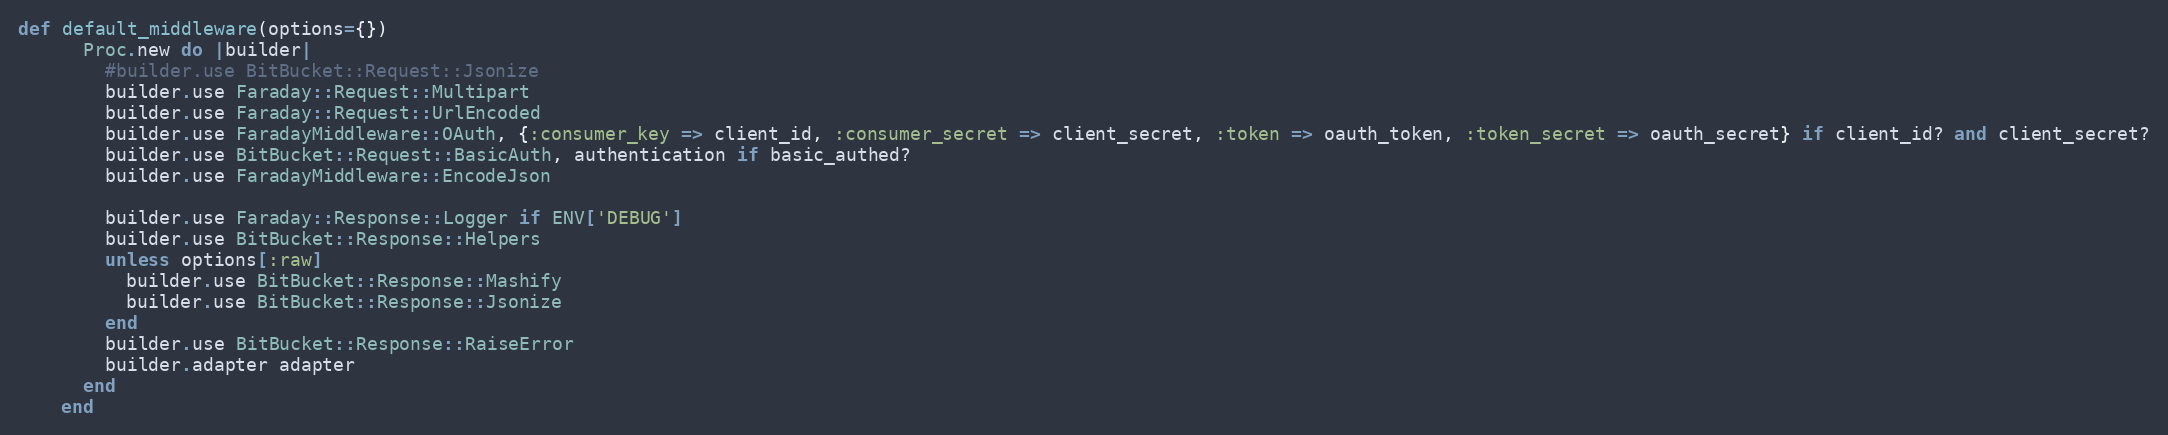
Language: Ruby
def default_middleware(options={})
      Proc.new do |builder|
        #builder.use BitBucket::Request::Jsonize
        builder.use Faraday::Request::Multipart
        builder.use Faraday::Request::UrlEncoded
        builder.use FaradayMiddleware::OAuth, {:consumer_key => client_id, :consumer_secret => client_secret, :token => oauth_token, :token_secret => oauth_secret} if client_id? and client_secret?
        builder.use BitBucket::Request::BasicAuth, authentication if basic_authed?
        builder.use FaradayMiddleware::EncodeJson

        builder.use Faraday::Response::Logger if ENV['DEBUG']
        builder.use BitBucket::Response::Helpers
        unless options[:raw]
          builder.use BitBucket::Response::Mashify
          builder.use BitBucket::Response::Jsonize
        end
        builder.use BitBucket::Response::RaiseError
        builder.adapter adapter
      end
    end